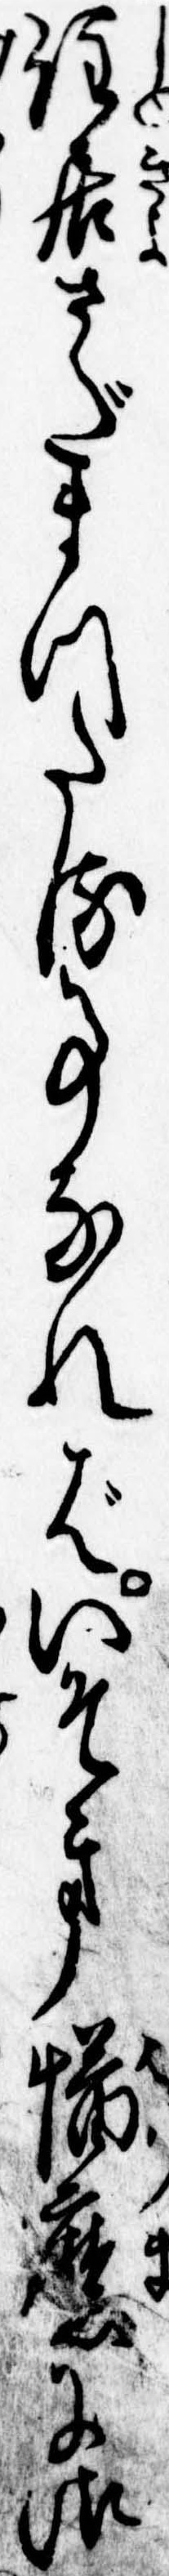
住居さだまつたる事なればいそき播磨に御